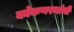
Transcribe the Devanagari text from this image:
कोकणस्थांची